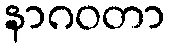
နာဂဝတာ